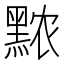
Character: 𬹖